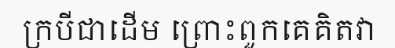
ក្របីជាដើម ព្រោះពួកគេគិតវា